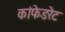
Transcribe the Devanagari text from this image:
कांफेडरेट